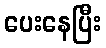
ပေးနေပြီး